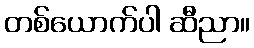
တစ်ယောက်ပါ ဆီညာ။